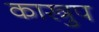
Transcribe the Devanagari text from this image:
कास्त्रुप